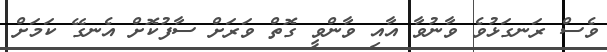
ވެސް ރަނގަޅުވެ ވާނުވާ އާއި ވާންވީ ގޮތް ވަރަށް ސާފުކޮށް އެނގޭ ކަމަށް